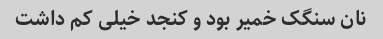
نان سنگک خمیر بود و کنجد خیلی کم داشت